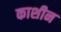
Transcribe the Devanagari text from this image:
काशीन